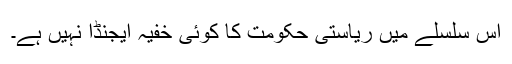
اس سلسلے میں ریاستی حکومت کا کوئی خفیہ ایجنڈا نہیں ہے۔